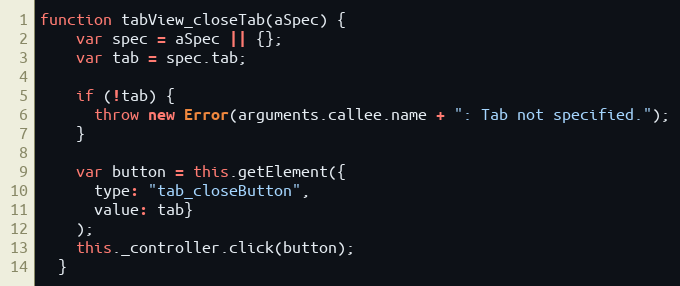
Language: JavaScript
function tabView_closeTab(aSpec) {
    var spec = aSpec || {};
    var tab = spec.tab;

    if (!tab) {
      throw new Error(arguments.callee.name + ": Tab not specified.");
    }

    var button = this.getElement({
      type: "tab_closeButton",
      value: tab}
    );
    this._controller.click(button);
  }